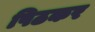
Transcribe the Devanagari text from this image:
पिठकर